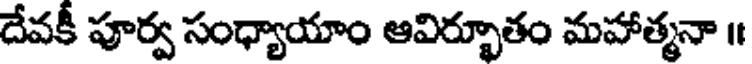
దేవకీ పూర్వ సంధ్యాయాం ఆవిర్భూతం మహాత్మనా ॥